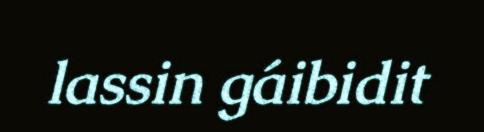
lassin gáibidit